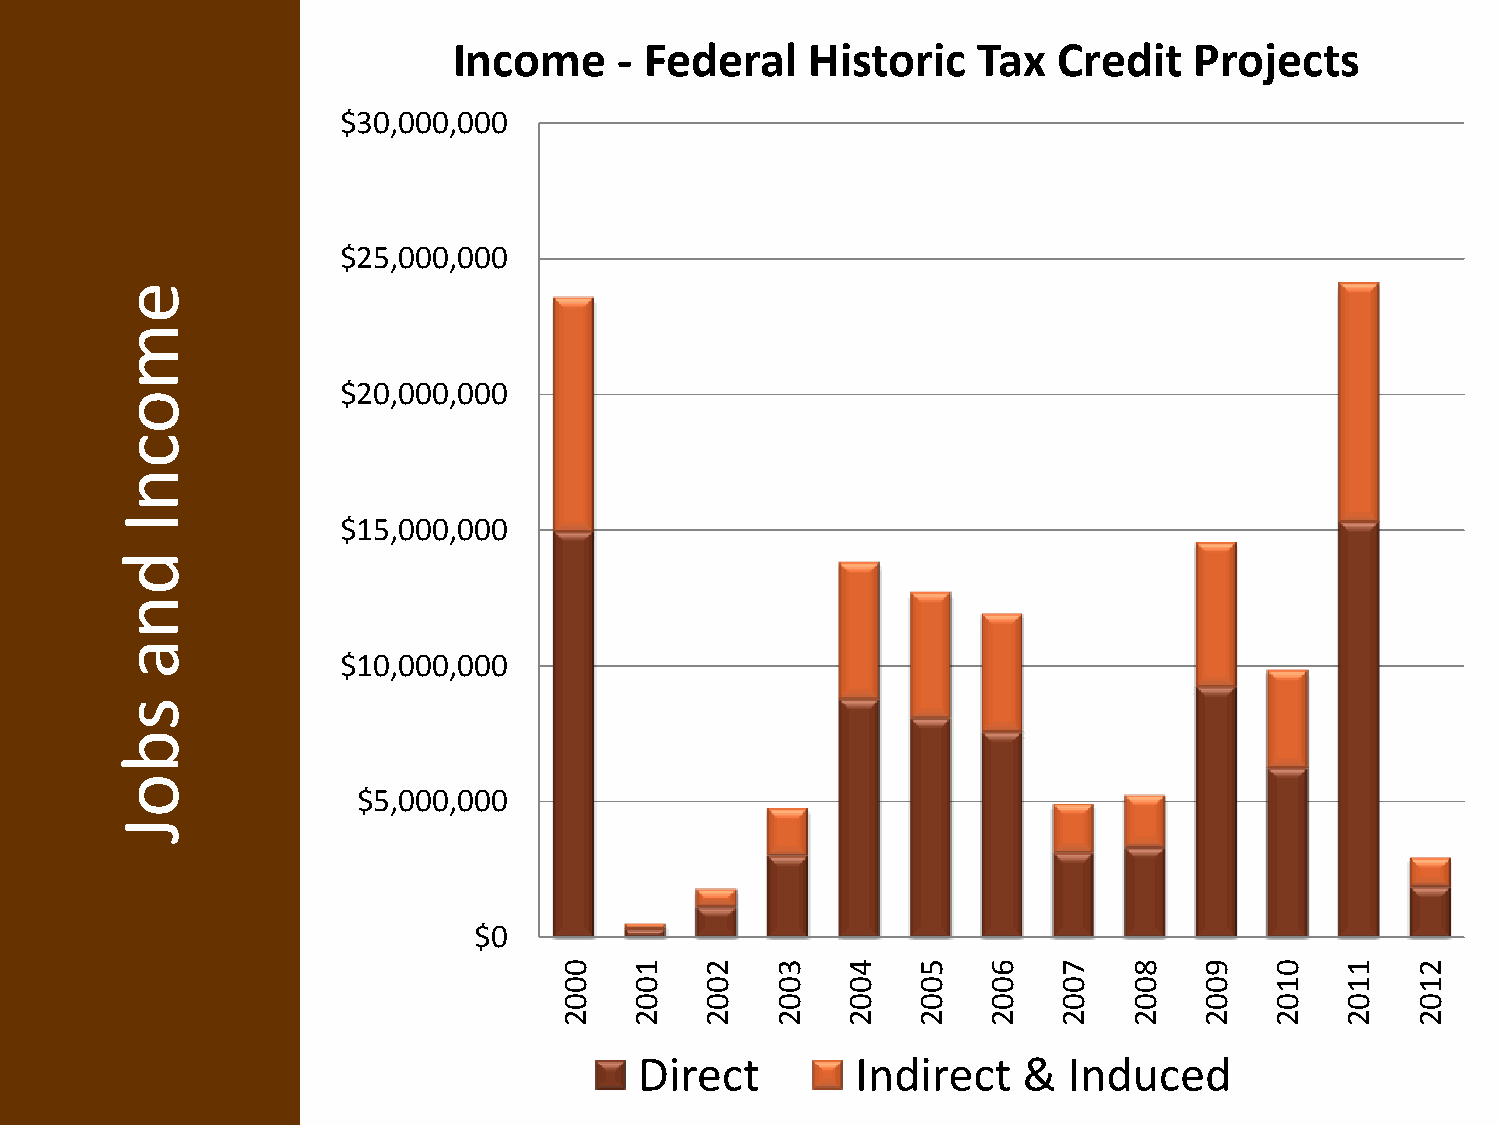
Income     - Federal    Historic   Tax  Credit   Projects
 $30,000,000
 $25,000,000
 e
 m
 $20,000,000
 o
 c
 n
 I              $15,000,000
 d
 n
 a
 $10,000,000
 s
 b
 o
 $5,000,000
 J
 $0
 0    1    2   3    4    5   6    7    8    9   0    1    2
 0    0    0   0    0    0   0    0    0    0   1    1    1
 0    0    0   0    0    0   0    0    0    0   0    0    0
 2    2    2   2    2    2   2    2    2    2   2    2    2
 Direct         Indirect   &  Induced